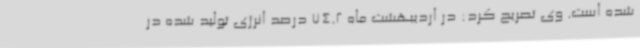
شده است. وی تصریح کرد: در اردیبهشت ماه 74.2 درصد انرژی تولید شده در